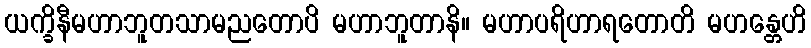
ယက္ခိနီမဟာဘူတသာမညတောပိ မဟာဘူတာနိ။ မဟာပရိဟာရတောတိ မဟန္တေဟိ